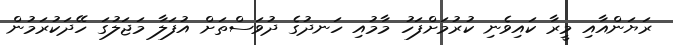
ރަޔަންއާއި މީރާ ކައިވެނި ކުރުމަށްފަހު މާމުއި ހަނދުގެ ދުވަސްތަށް އުފަލާ މަޖަލުގަ ހޭދަކުރަމުން